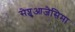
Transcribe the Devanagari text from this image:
सेप्चुआजेसिमा